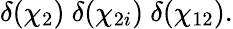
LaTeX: \delta(\chi_{2})\ \delta(\chi_{2i})\ \delta(\chi_{12}).